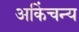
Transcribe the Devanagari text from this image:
अकिंचन्य